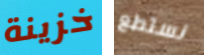
خزينة نستطع